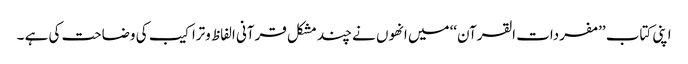
اپنی کتاب ’’مفردات القرآن‘‘ میں انھوں نے چند مشکل قرآنی الفاظ وتراکیب کی وضاحت کی ہے ۔